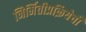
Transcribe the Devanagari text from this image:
निर्मितीप्रक्रियेची